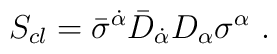
S_{cl}= \bar\sigma^{\dot \alpha}\bar D_{\dot \alpha} D_\alpha\sigma^\alpha\ .